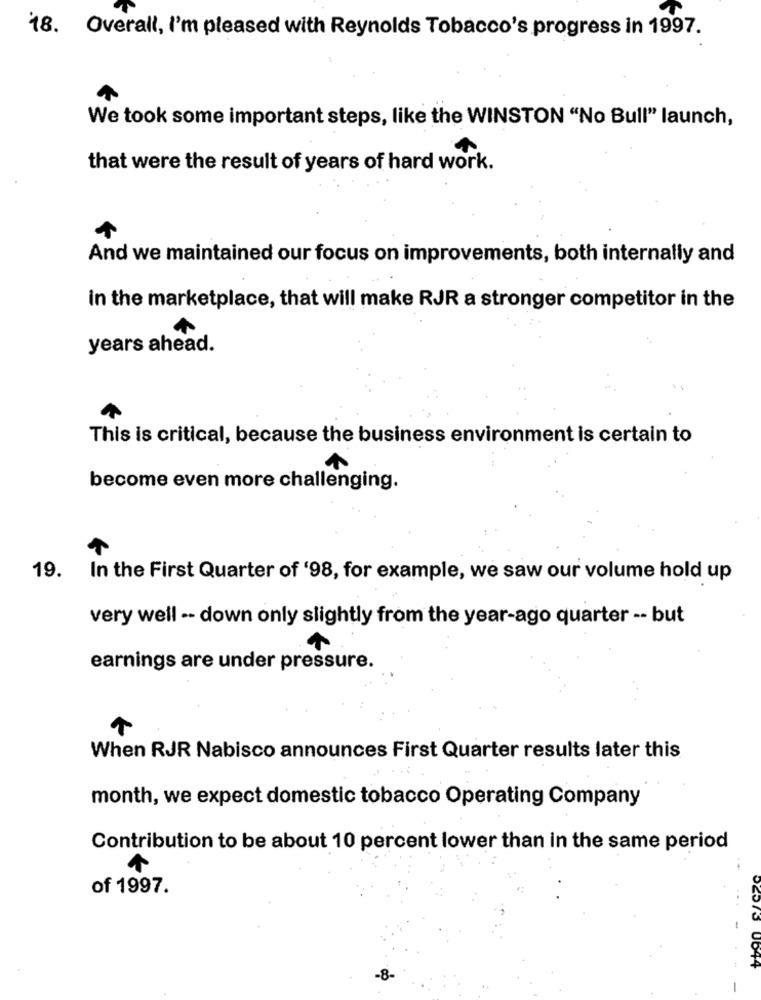
T
18. Overall, I'm pleased with Reynolds Tobacco's progress in 1997.
We took some important steps, like the WINSTON "No Bull" launch,
that were the result of years of hard work.
And we maintained our focus on improvements, both internally and
in the marketplace, that will make RJR a stronger competitor in the
years ahead.
This is critical, because the business environment is certain to
become even more challenging.
19. In the First Quarter of '98, for example, we saw our volume hold up
very well -- down only slightly from the year-ago quarter -- but
earnings are under pressure.
When RJR Nabisco announces First Quarter results later this
month, we expect domestic tobacco Operating Company
Contribution to be about 10 percent lower than in the same period
of 1997.
1644
-8-